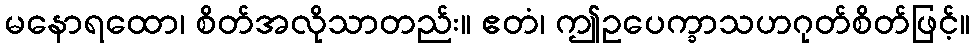
မနောရထော၊ စိတ်အလိုသာတည်း။ ဧတံ၊ ဤဥပေက္ခာသဟဂုတ်စိတ်ဖြင့်။